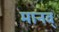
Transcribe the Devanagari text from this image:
मानव्